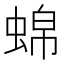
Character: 𬠒